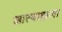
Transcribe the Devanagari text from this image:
आत्याह्यला